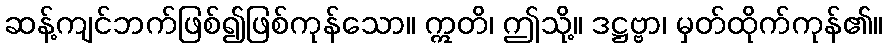
ဆန့်ကျင်ဘက်ဖြစ်၍ဖြစ်ကုန်သော။ ဣတိ၊ ဤသို့။ ဒဋ္ဌဗ္ဗာ၊ မှတ်ထိုက်ကုန်၏။